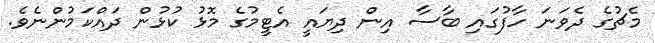
މެޗުގެ ދެވަނަ ހާފުގައި ބާސާ އިން ދިޔައީ އެޓީމުގެ މޮޅު ކުޅުން ދައްކަމުންނެވެ.